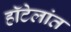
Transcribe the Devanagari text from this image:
हॉटेलांत